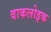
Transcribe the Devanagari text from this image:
वाकलोइक